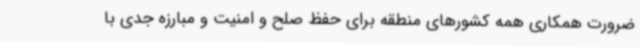
ضرورت همکاری همه کشورهای منطقه برای حفظ صلح و امنیت و مبارزه جدی با